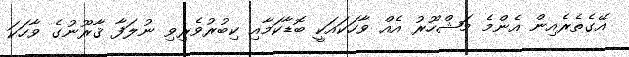
އޭގެތެރެއިން އެންމެ މަޝްހޫރު އެއް ވާހަކައަކީ ބޮޑާކަމާއި ކިބުރުވެރިވި ނުލަފާ ޤާރޫނުގެ ވާހަކަ